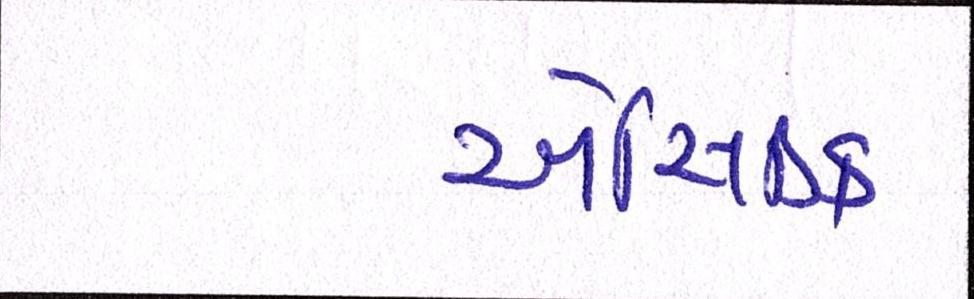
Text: એસિડિક